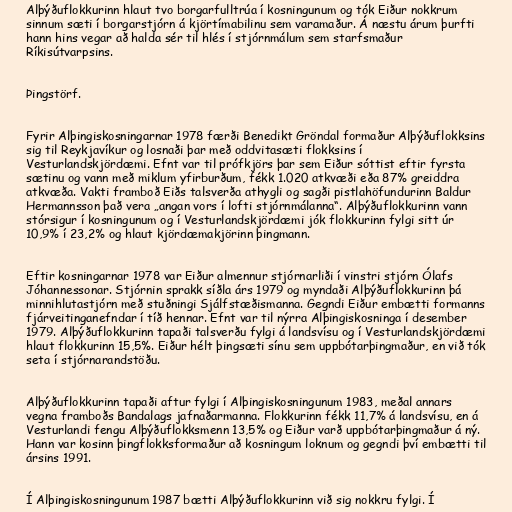
Alþýðuflokkurinn hlaut tvo borgarfulltrúa í kosningunum og tók Eiður nokkrum
sinnum sæti í borgarstjórn á kjörtímabilinu sem varamaður. Á næstu árum þurfti
hann hins vegar að halda sér til hlés í stjórnmálum sem starfsmaður
Ríkisútvarpsins.

Þingstörf.

Fyrir Alþingiskosningarnar 1978 færði Benedikt Gröndal formaður Alþýðuflokksins
sig til Reykjavíkur og losnaði þar með oddvitasæti flokksins í
Vesturlandskjördæmi. Efnt var til prófkjörs þar sem Eiður sóttist eftir fyrsta
sætinu og vann með miklum yfirburðum, fékk 1.020 atkvæði eða 87% greiddra
atkvæða. Vakti framboð Eiðs talsverða athygli og sagði pistlahöfundurinn Baldur
Hermannsson það vera „angan vors í lofti stjórnmálanna“. Alþýðuflokkurinn vann
stórsigur í kosningunum og í Vesturlandskjördæmi jók flokkurinn fylgi sitt úr
10,9% í 23,2% og hlaut kjördæmakjörinn þingmann.

Eftir kosningarnar 1978 var Eiður almennur stjórnarliði í vinstri stjórn Ólafs
Jóhannessonar. Stjórnin sprakk síðla árs 1979 og myndaði Alþýðuflokkurinn þá
minnihlutastjórn með stuðningi Sjálfstæðismanna. Gegndi Eiður embætti formanns
fjárveitinganefndar í tíð hennar. Efnt var til nýrra Alþingiskosninga í desember
1979. Alþýðuflokkurinn tapaði talsverðu fylgi á landsvísu og í Vesturlandskjördæmi
hlaut flokkurinn 15,5%. Eiður hélt þingsæti sínu sem uppbótarþingmaður, en við tók
seta í stjórnarandstöðu.

Alþýðuflokkurinn tapaði aftur fylgi í Alþingiskosningunum 1983, meðal annars
vegna framboðs Bandalags jafnaðarmanna. Flokkurinn fékk 11,7% á landsvísu, en á
Vesturlandi fengu Alþýðuflokksmenn 13,5% og Eiður varð uppbótarþingmaður á ný.
Hann var kosinn þingflokksformaður að kosningum loknum og gegndi því embætti til
ársins 1991.

Í Alþingiskosningunum 1987 bætti Alþýðuflokkurinn við sig nokkru fylgi. Í